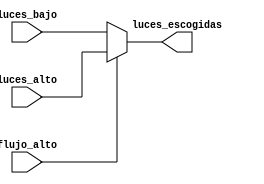
`timescale 1ns / 1ps
//////////////////////////////////////////////////////////////////////////////////
// Company: 
// Engineer: 
// 
// Design Name: 
// Module Name: mux_luces
// Project Name: 
// Target Devices: 
// Tool Versions: 
// Description: 
// 
// Dependencies: 
// 
// Revision:
// Revision 0.01 - File Created
// Additional Comments:
// 
//////////////////////////////////////////////////////////////////////////////////


module mux_luces(
    input [5:0] luces_bajo, luces_alto,
    input flujo_alto,
    output [5:0] luces_escogidas
    );
    
    assign luces_escogidas = flujo_alto ? luces_alto : luces_bajo; 
    
endmodule